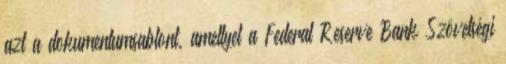
azt a dokumentumsablont, amellyel a Federal Reserve Bank Szövetségi